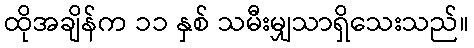
ထိုအချိန်က ၁၁ နှစ် သမီးမျှသာရှိသေးသည်။